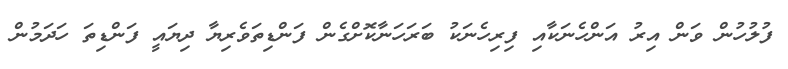
ފުލުހުން ވަން އިރު އަންހެނަކާއި ފިރިހެނަކު ބަރަހަނާކޮށްގެން ފަންޑިތަވެރިޔާ ދިޔައީ ފަންޑިތަ ހަދަމުން